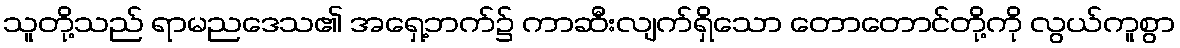
သူတို့သည် ရာမညဒေသ၏ အရှေ့ဘက်၌ ကာဆီးလျက်ရှိသော တောတောင်တို့ကို လွယ်ကူစွာ